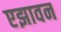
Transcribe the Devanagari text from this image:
एझावन